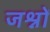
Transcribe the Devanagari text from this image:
जश्नों